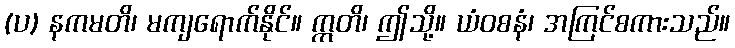
(ပ) နကမတိ၊ မကျရောက်နိုင်။ ဣတိ၊ ဤသို့။ ယံဝစနံ၊ အကြင်စကားသည်။